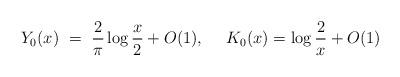
LaTeX: \begin{align*}Y_0(x)\ =\ \frac{2}{\pi}\log\frac{x}{2}+O(1),\ \ \ \ K_0(x)=\log\frac{2}{x}+O(1)\end{align*}